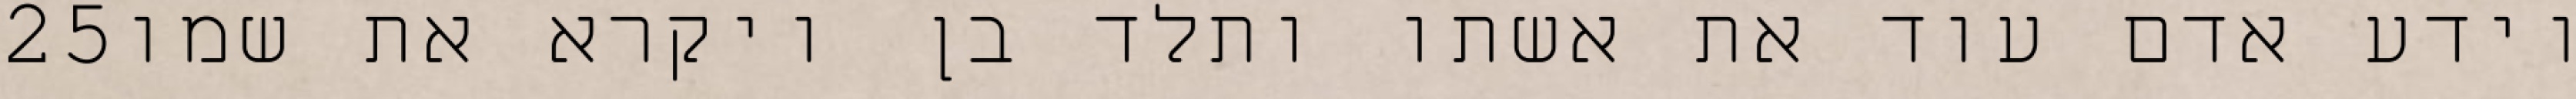
‎25‏ וידע אדם עוד את אשתו ותלד בן ויקרא את שמו